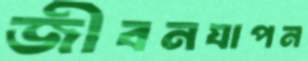
জীবনযাপন